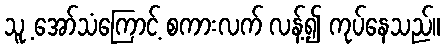
သူ့ အော်သံကြောင့် စကားလက် လန့်၍ ကုပ်နေသည်။